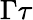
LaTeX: \Gamma\tau